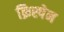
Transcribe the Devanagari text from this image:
क्रिस्पेन